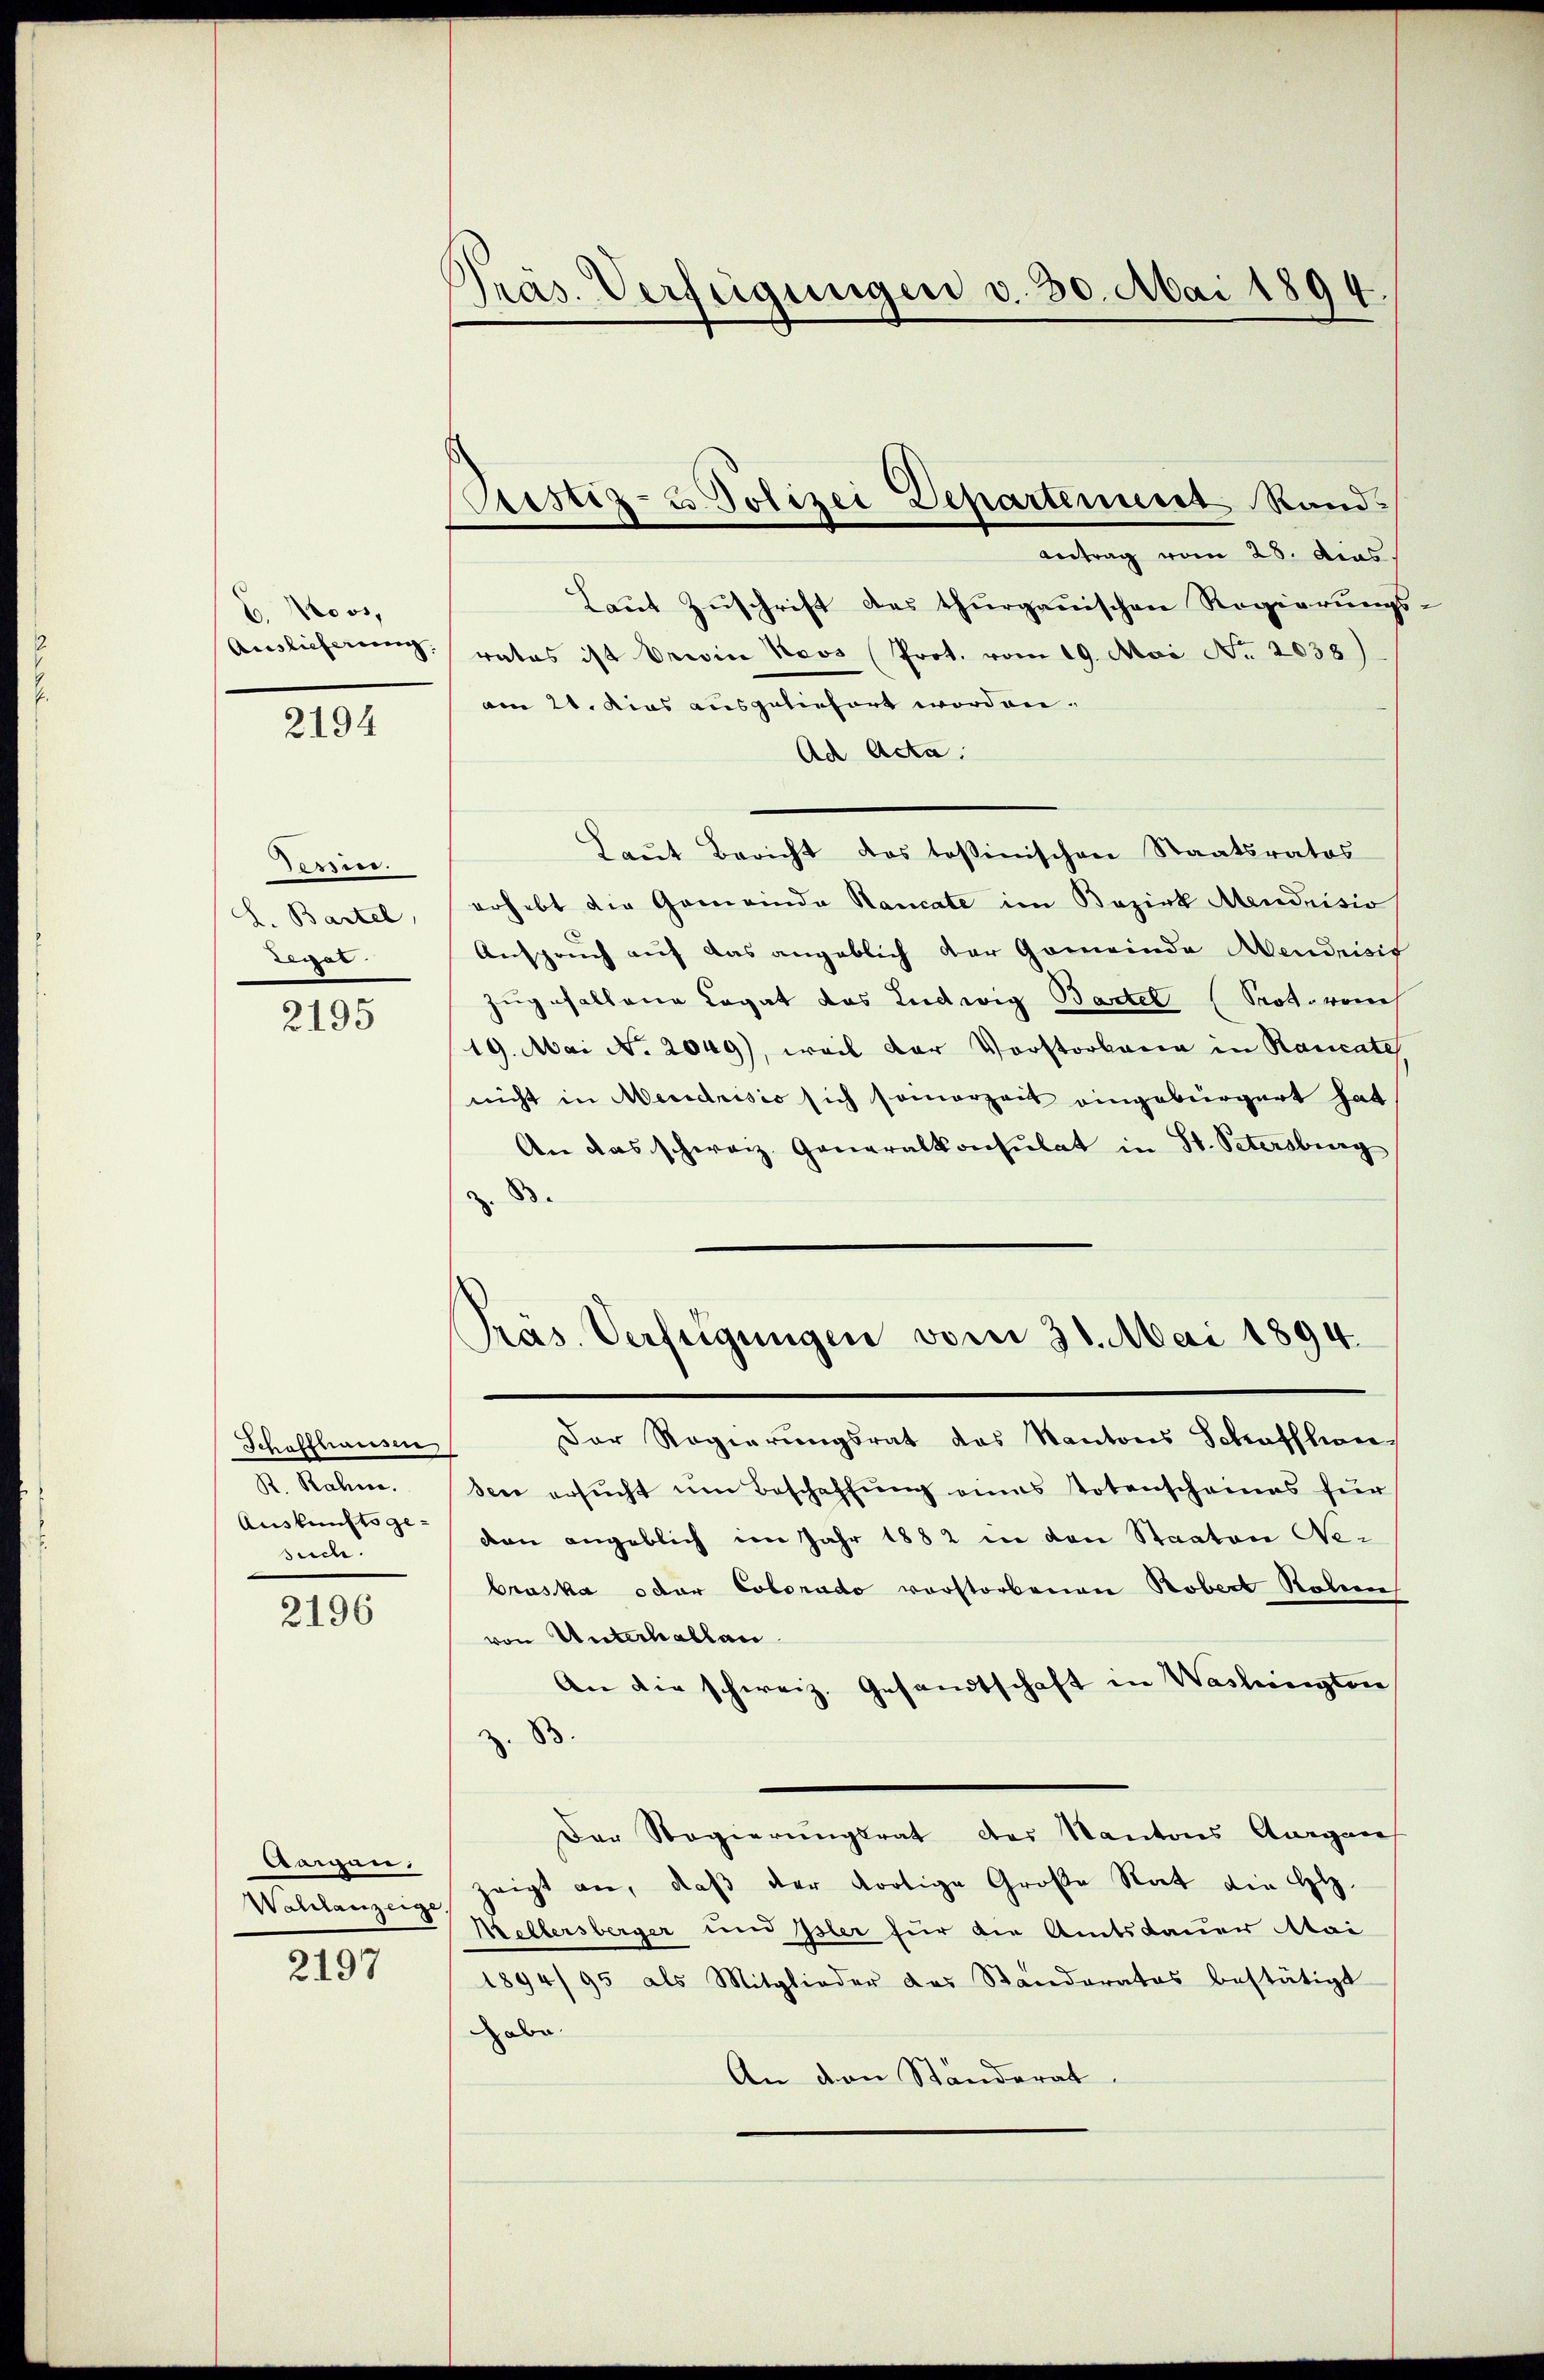
6. Moos,
Auslieferung.

2194

Terpier.
L. Bartel,
Legat

2195

Schaffhausen
R. Rahme.
Auskunftsgesuche.

2196

drangen.
Wahlanzeige

2197

Präs. Verfügungen d. 30. Mai 1894.

Justiz- u. Polizei Departement Rand¬

Antrag vom 28. das
Laut Zuschrift des thurgauischen Regierungs
rates ist rein Keos Prot. vom 19. Mai No. 2038)
am 20. dies ausgeliefert worden.
Ad Acta.
Laŭt Bericht des tessinischen Staatsrates
erhebt die Gemeinde Hancate im Bezirk Mendrisio
Anspruch auf das angeblich der Gemeinde Aendrisis
zugefallene Legat das Ludwig Bartel (Prot. von
19. Mai No 2049), weil der Vorstorbene in Raucate
nicht in Mendrisio sich somorzeit eingebürgert hat
An das schweiz. Generalkonsulat in St. Petersburg
83.
Präs. Verfeigungen vom 31. Mai 1894.
Der Regierungsrat das Kantons Schaffhaus
sece ersŭcht um Beschaffŭng eines Totenscheines für
don angeblich im Jahr 1882 in den Staaten Nebraska oder Colorado vorstorbenen Robert Roben
von Unterhallan
An die schweiz. Gesandtschaft in Washinigten
z. B.
Der Regierungsrat der Kantons Aargau
zeigt an, daß der dortige Große Rat die Gl.
Mellersberger und Isler für die Amtsdauer Mai
1894/95 als Mitglieder das Standerates bestätigt
Dabe
An den Ständerat